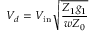
V _ { d } = V _ { \mathrm { i n } } \sqrt { \frac { Z _ { 1 } g _ { 1 } } { w Z _ { 0 } } }